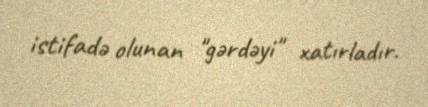
istifadə olunan "gərdəyi" xatırladır.